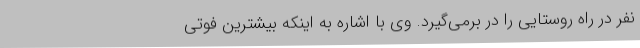
نفر در راه روستایی را در برمی‌گیرد. وی با اشاره به اینکه بیشترین فوتی